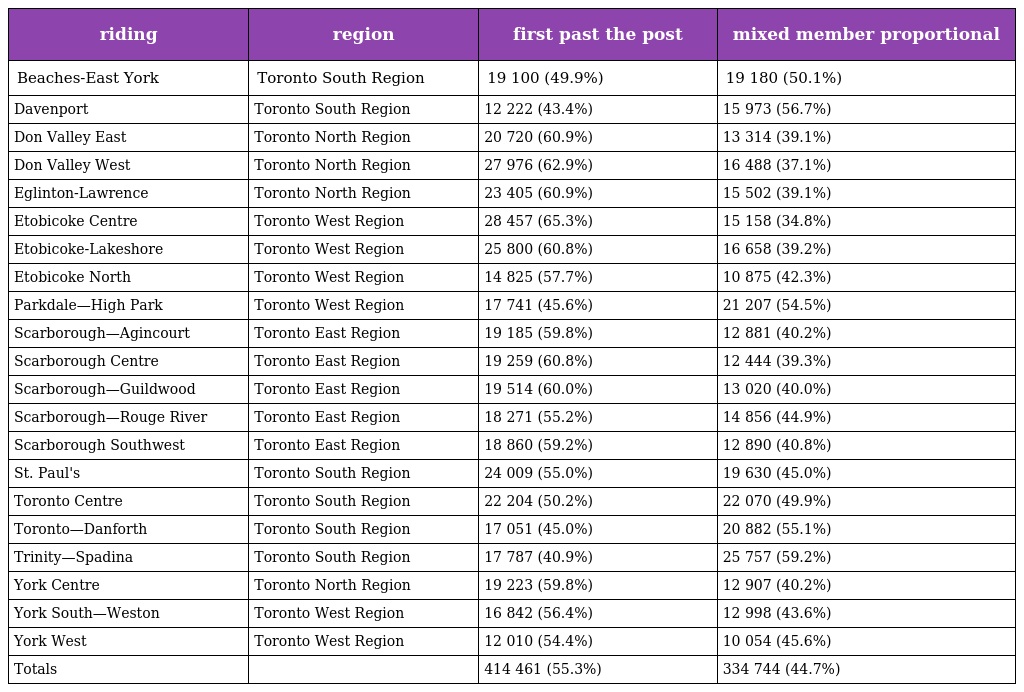
| riding | region | first past the post | mixed member proportional |
 | --- | --- | --- | --- |
 | Beaches-East York | Toronto South Region | 19 100 (49.9%) | 19 180 (50.1%) |
 | Davenport | Toronto South Region | 12 222 (43.4%) | 15 973 (56.7%) |
 | Don Valley East | Toronto North Region | 20 720 (60.9%) | 13 314 (39.1%) |
 | Don Valley West | Toronto North Region | 27 976 (62.9%) | 16 488 (37.1%) |
 | Eglinton-Lawrence | Toronto North Region | 23 405 (60.9%) | 15 502 (39.1%) |
 | Etobicoke Centre | Toronto West Region | 28 457 (65.3%) | 15 158 (34.8%) |
 | Etobicoke-Lakeshore | Toronto West Region | 25 800 (60.8%) | 16 658 (39.2%) |
 | Etobicoke North | Toronto West Region | 14 825 (57.7%) | 10 875 (42.3%) |
 | Parkdale—High Park | Toronto West Region | 17 741 (45.6%) | 21 207 (54.5%) |
 | Scarborough—Agincourt | Toronto East Region | 19 185 (59.8%) | 12 881 (40.2%) |
 | Scarborough Centre | Toronto East Region | 19 259 (60.8%) | 12 444 (39.3%) |
 | Scarborough—Guildwood | Toronto East Region | 19 514 (60.0%) | 13 020 (40.0%) |
 | Scarborough—Rouge River | Toronto East Region | 18 271 (55.2%) | 14 856 (44.9%) |
 | Scarborough Southwest | Toronto East Region | 18 860 (59.2%) | 12 890 (40.8%) |
 | St. Paul's | Toronto South Region | 24 009 (55.0%) | 19 630 (45.0%) |
 | Toronto Centre | Toronto South Region | 22 204 (50.2%) | 22 070 (49.9%) |
 | Toronto—Danforth | Toronto South Region | 17 051 (45.0%) | 20 882 (55.1%) |
 | Trinity—Spadina | Toronto South Region | 17 787 (40.9%) | 25 757 (59.2%) |
 | York Centre | Toronto North Region | 19 223 (59.8%) | 12 907 (40.2%) |
 | York South—Weston | Toronto West Region | 16 842 (56.4%) | 12 998 (43.6%) |
 | York West | Toronto West Region | 12 010 (54.4%) | 10 054 (45.6%) |
 | Totals |  | 414 461 (55.3%) | 334 744 (44.7%) |